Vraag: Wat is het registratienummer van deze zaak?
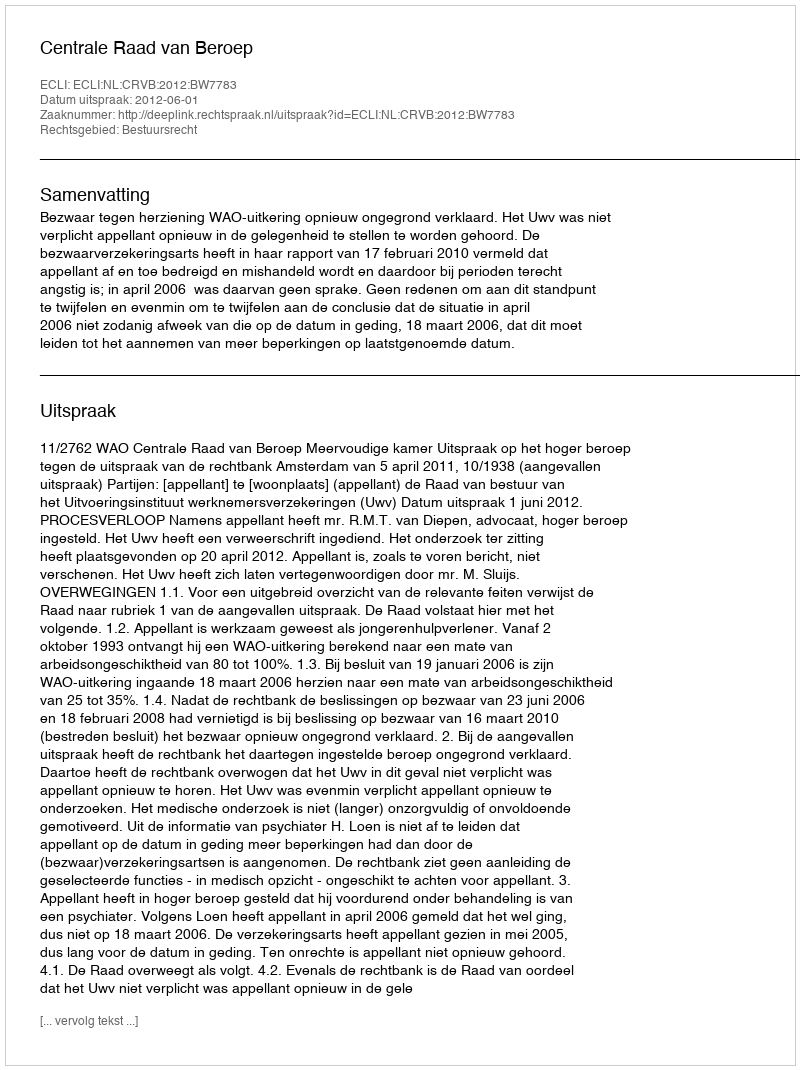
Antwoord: http://deeplink.rechtspraak.nl/uitspraak?id=ECLI:NL:CRVB:2012:BW7783